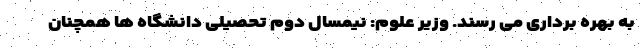
به بهره برداری می رسند. وزیر علوم: نیمسال دوم تحصیلی دانشگاه ها همچنان